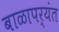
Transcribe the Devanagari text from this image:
बाळापर्यंत